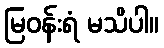
မြဝန်းရံ မသိပါ။